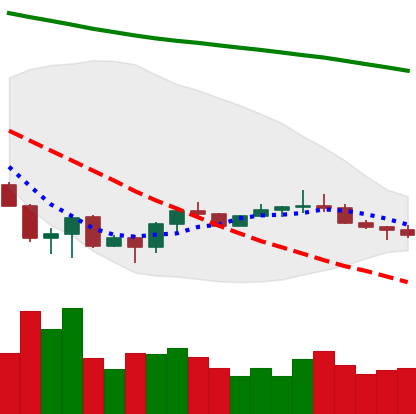
Ticker: ETC-USD
Chart end date: 2022-07-01
Forward return: 4.383%
Label: up_3_5